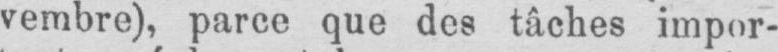
vembre), parce que des tâches impor-